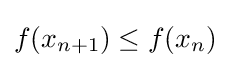
f(x_{n+1})\leq f(x_{n})